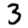
Digit: 3